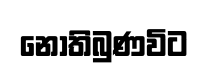
නොතිබුණවිට